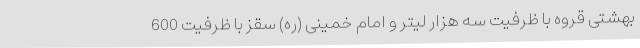
بهشتی قروه با ظرفیت سه هزار لیتر و امام خمینی (ره) سقز با ظرفیت 600